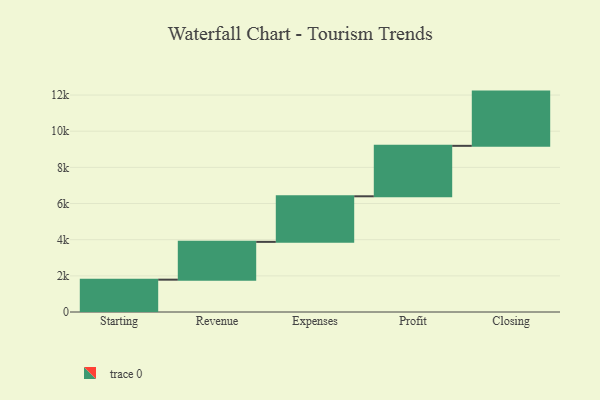
{"axis": {"x": "Step", "y": "Value"}, "legend": [""], "data": [{"x": "Starting", "y": 1788.0, "type": ""}, {"x": "Revenue", "y": 2091.0, "type": ""}, {"x": "Expenses", "y": 2521.0, "type": ""}, {"x": "Profit", "y": 2790.0, "type": ""}, {"x": "Closing", "y": 3000, "type": ""}]}